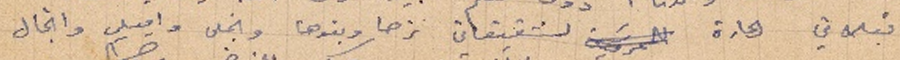
قبلاتي الحارة لشقيقاتي نزها وبنوها وانجال واميلي وانجال